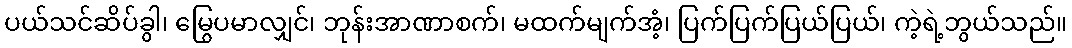
ပယ်သင်ဆိပ်ခွါ၊ မြွေပမာလျှင်၊ ဘုန်းအာဏာစက်၊ မထက်မျက်အံ့၊ ပြက်ပြက်ပြယ်ပြယ်၊ ကဲ့ရဲ့ဘွယ်သည်။